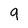
Character: 9